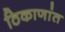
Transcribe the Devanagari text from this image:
ठिकाणांत